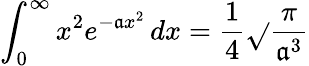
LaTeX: \int_{0}^{\infty}{x^{2}e^{-\mathfrak{a}x^{2}}\, dx}={\frac{{1}}{{4}}}{\sqrt{}{{\frac{{\pi}}{{\mathfrak{a}^{3}}}}}}